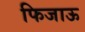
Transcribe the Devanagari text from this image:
फिजाऊ